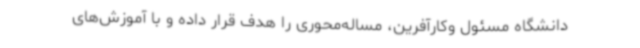
دانشگاه مسئول وکارآفرین، مساله‌محوری را هدف قرار داده و با آموزش‌های